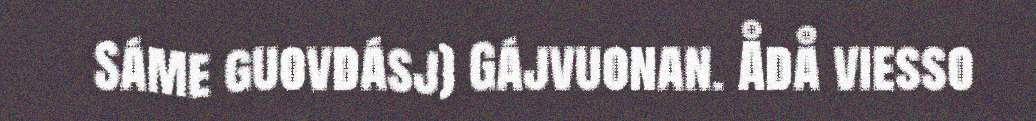
Sáme guovdásj) Gájvuonan. Ådå viesso